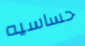
حساسيه